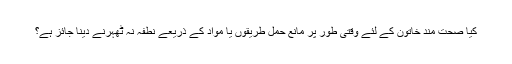
کيا صحت مند خاتون کے لئے وقتى طور پر مانع حمل طريقوں يا مواد کے ذريعے نطفہ نہ ٹھہرنے دينا جائز ہے؟